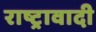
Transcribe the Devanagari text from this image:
राष्ट्रावादी